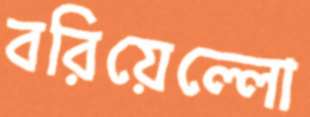
বরিয়েল্লো